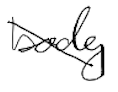
Text: body
Cross-out: diagonal
Writing tool: digital_black